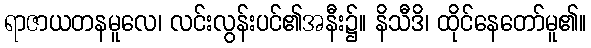
ရာဇာယတနမူလေ၊ လင်းလွန်းပင်၏အနီး၌။ နိသီဒိ၊ ထိုင်နေတော်မူ၏။